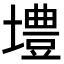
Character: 𪤡